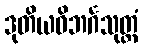
ဒုတိယဝိဘင်္ဂသုတ္တံ